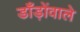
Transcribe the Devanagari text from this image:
डाँड़ोंवाले